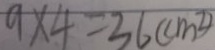
9 \times 4 = 3 6 ( c m ^ { 2 } )